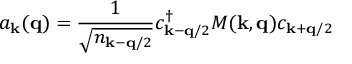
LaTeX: a _ { { \bf { k } } } ( { \bf { q } } ) = \frac { 1 } { \sqrt { n _ { { \bf { k } } - { \bf { q } } / 2 } } } c _ { { \bf { k } } - { \bf { q } } / 2 } ^ { \dagger } M ( { \bf { k } } , { \bf { q } } ) c _ { { \bf { k } } + { \bf { q } } / 2 }